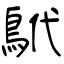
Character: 鴏